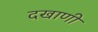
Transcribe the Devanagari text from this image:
दखाणी